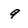
Character: 9